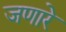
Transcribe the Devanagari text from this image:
जणारे